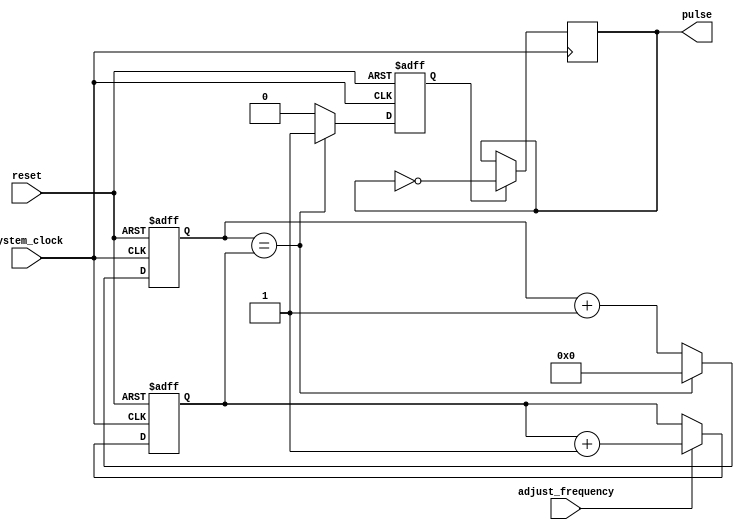
module pulse_generator (
    input wire system_clock,
    input wire reset,
    input wire adjust_frequency,
    output reg pulse
);

reg [31:0] counter_value;
reg [31:0] pulse_frequency;
reg [31:0] count;
reg generate_pulse;

// Timing Control and Synchronization Blocks
always @(posedge system_clock or posedge reset) begin
    if (reset) begin
        counter_value <= 32'h00000000;
        pulse_frequency <= 32'h00000000;
        count <= 32'h00000000;
        generate_pulse <= 1'b0;
    end else begin
        if (adjust_frequency) begin
            pulse_frequency <= pulse_frequency + 1;
        end
        
        if (count == pulse_frequency) begin
            generate_pulse <= 1'b1;
            count <= 32'h00000000;
        end else begin
            generate_pulse <= 1'b0;
            count <= count + 1;
        end
    end
end

// Logic Block for Generating Pulses
always @(posedge system_clock) begin
    if (generate_pulse) begin
        pulse <= ~pulse;
    end
end

endmodule